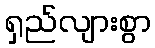
ရှည်လျားစွာ